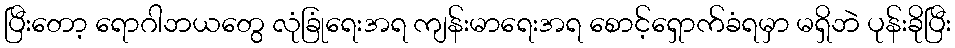
ပြီးတော့ ရောဂါဘယတွေ လုံခြုံရေးအရ ကျန်းမာရေးအရ စောင့်ရှောက်ခံရမှာ မရှိဘဲ ပုန်းခိုပြီး